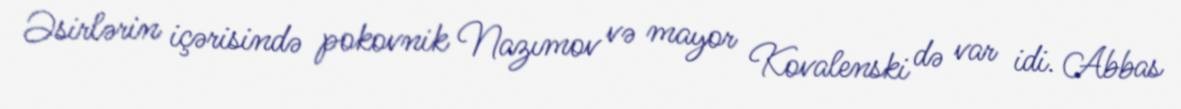
Əsirlərin içərisində pokovnik Nazımov və mayor Kovalenski də var idi. Abbas